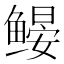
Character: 𬶩